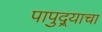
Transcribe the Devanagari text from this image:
पापुद्र्याचा